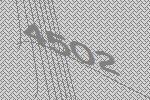
4502